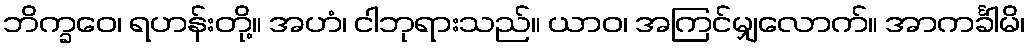
ဘိက္ခဝေ၊ ရဟန်းတို့။ အဟံ၊ ငါဘုရားသည်။ ယာဝ၊ အကြင်မျှလောက်။ အာကင်္ခါမိ၊